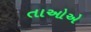
તાઓએ